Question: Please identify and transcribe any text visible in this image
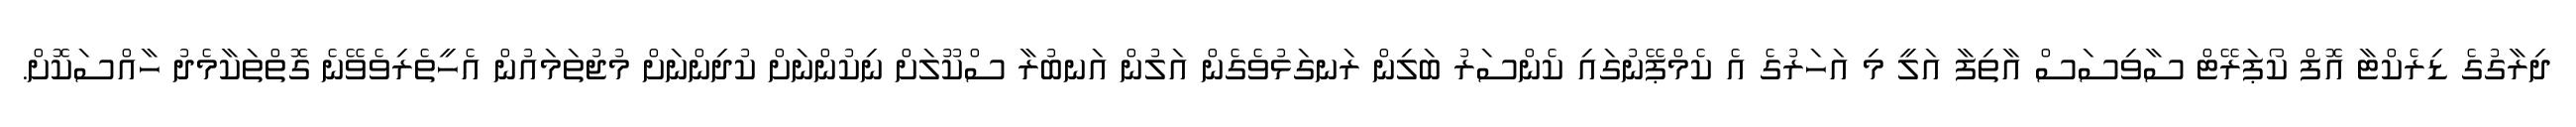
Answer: ދިރާގުގެ ޑިރެކްޓާ އޮފް ކޯޕަރޭޓް ސާވިސަސް އާތިފާ އަލީ މި އަހަރުގެ އެ ކެމްޕޭނުގައި ކެންސަރު ބަލިން ރަނގަޅުވެގެން އަލުން އަނބުރާ ސްކޫލަށް ނިކުންނަށް ކުދިންނަށް މުޖުތަމައުން އެހީތެރިވެވޭނެ ގޮތްތަކާމެދު ހާއްސަކޮށް.